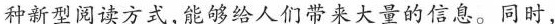
种新型阅读方式，能够给人们带来大量的信息。同时，